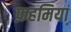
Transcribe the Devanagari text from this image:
फ़हमियां